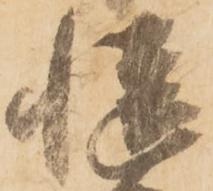
慥